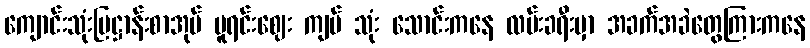
ကျောင်းသုံးပြဋ္ဌာန်းစာအုပ် မူရင်းဈေး ကျပ် သုံး သောင်းကနေ လမ်းခရီးမှာ အခက်အခဲတွေကြားကနေ